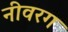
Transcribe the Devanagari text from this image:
नीवरग